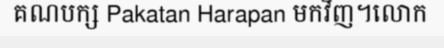
គណបក្ស Pakatan Harapan មកវិញ។លោក